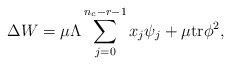
\begin{align*}\Delta W = \mu \Lambda \sum_{j=0}^{n_{c}-r-1} x_{j} \psi_{j}+ \mu {\rm tr}\phi^{2},\end{align*}